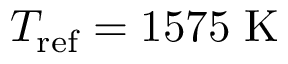
T _ { \mathrm { r e f } } = 1 5 7 5 \; \mathrm { K }